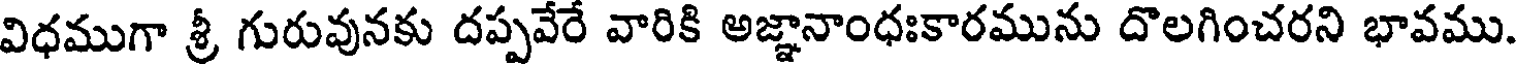
విధముగా శ్రీ గురువునకు దప్పవేరే వారికి అజ్ఞానాంధఃకారమును దొలగించరని భావము.